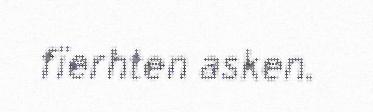
fïerhten asken.